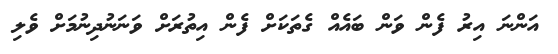
އަންނަ އިރު ފެން ވަން ބައެއް ގެތަކަށް ފެން އިތުރަށް ވަނަނުދިނުމަށް ވެލި